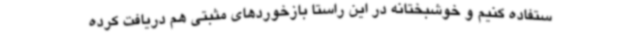
ستفاده کنیم و خوشبختانه در این راستا بازخوردهای مثبتی هم دریافت کرده